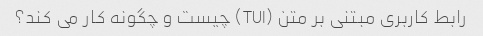
رابط کاربری مبتنی بر متن (TUI) چیست و چگونه کار می کند؟